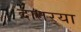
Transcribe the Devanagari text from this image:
दातर्‍या